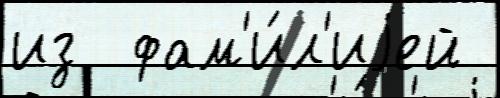
из  фам'и́л'иjей